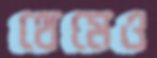
থেমেও